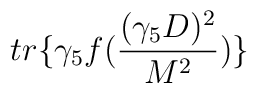
tr\{\gamma_{5}f(\frac{(\gamma_{5}D)^{2}}{M^{2}})\}